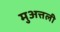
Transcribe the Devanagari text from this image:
मुअत्तली